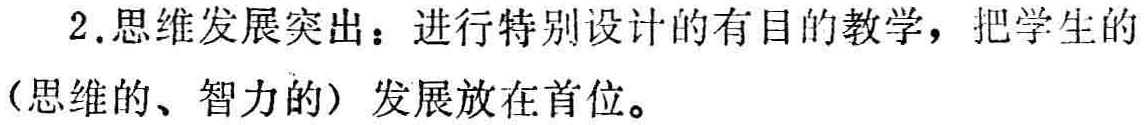
2.思维发展突出：进行特别设计的有目的教学，把学生的（思维的、智力的）发展放在首位。